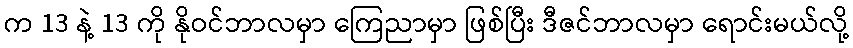
က 13 နဲ့ 13 ကို နိုဝင်ဘာလမှာ ကြေညာမှာ ဖြစ်ပြီး ဒီဇင်ဘာလမှာ ရောင်းမယ်လို့